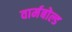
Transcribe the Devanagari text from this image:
वार्मबोल्ड